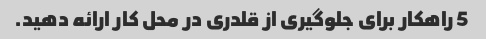
5 راهکار برای جلوگیری از قلدری در محل کار ارائه دهید.